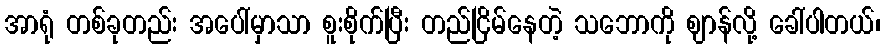
အာရုံ တစ်ခုတည်း အပေါ်မှာသာ စူးစိုက်ပြီး တည်ငြိမ်နေတဲ့ သဘောကို ဈာန်လို့ ခေါ်ပါတယ်၊